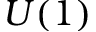
U ( 1 )